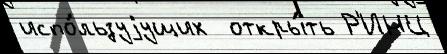
испо́льзуjущих  откры́ть Р'ИНЦ